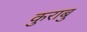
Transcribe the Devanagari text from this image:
कुराबु